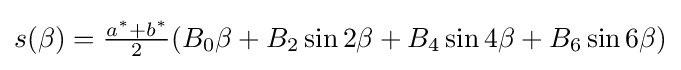
{\textstyle s(\beta )={\frac {a^{*}+b^{*}}{2}}(B_{0}\beta +B_{2}\sin 2\beta +B_{4}\sin 4\beta +B_{6}\sin 6\beta )}